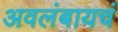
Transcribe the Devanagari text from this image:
अवलंबायचं